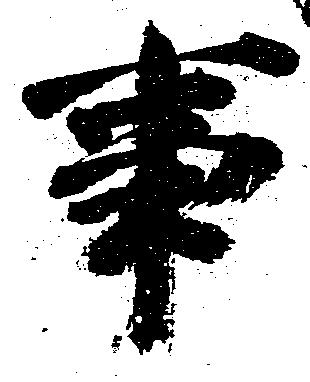
事